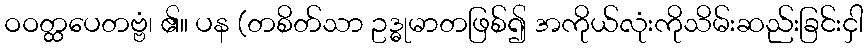
ဝဝတ္ထပေတဗ္ဗံ၊ ၏။ ပန (တစိတ်သာ ဥဒ္ဓုမာတဖြစ်၍ အကိုယ်လုံးကိုသိမ်းဆည်းခြင်းငှါ